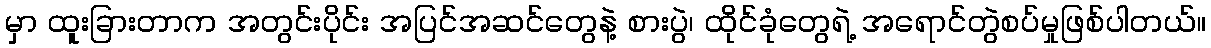
မှာ ထူးခြားတာက အတွင်းပိုင်း အပြင်အဆင်တွေနဲ့ စားပွဲ၊ ထိုင်ခုံတွေရဲ့ အရောင်တွဲစပ်မှုဖြစ်ပါတယ်။